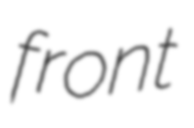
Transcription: front